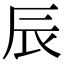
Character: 辰